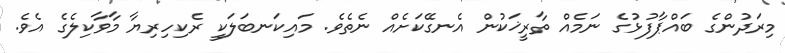
މިރަދުންގެ ބައްޕާފުޅުގެ ނަމެއް ތާރީޚަކުން އެނގޭކަށެއް ނެތެވެ. މައިކަނބަލަކީ ރެކިހިރިޔާ މާވާކިލެގެ އެވެ.